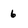
Character: 6